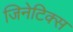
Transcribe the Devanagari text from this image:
जिनेटिक्स